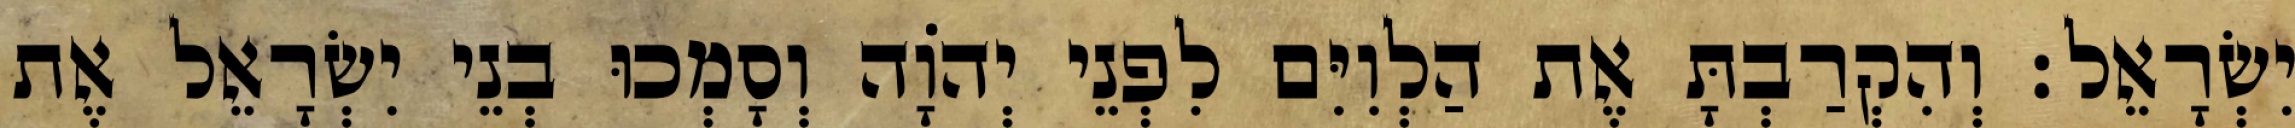
יִשְׂרָאֵל׃ וְהִקְרַבְתָּ אֶת הַלְוִיִּם לִפְנֵי יְהוָֹה וְסָמְכוּ בְנֵי יִשְׂרָאֵל אֶת